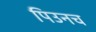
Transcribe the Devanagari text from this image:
पिउनच